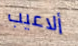
ألاعيب